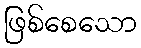
ဖြစ်စေသော